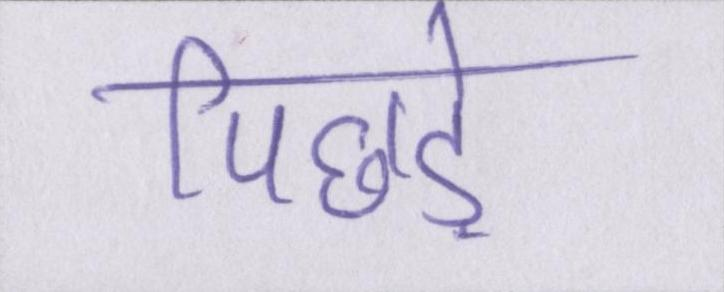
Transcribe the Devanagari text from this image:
पिछड़े